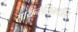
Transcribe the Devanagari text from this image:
सायन्सेसमधील